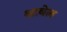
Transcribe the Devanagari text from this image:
श्नाबेल